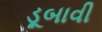
ડૂબાવી